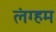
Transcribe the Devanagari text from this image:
लंग्हम